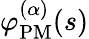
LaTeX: \varphi_{\mathrm{PM}}^{(\alpha)}(s)